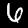
Digit: 6